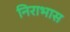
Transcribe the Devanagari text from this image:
निराभास